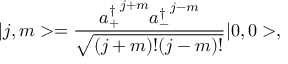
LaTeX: \vert j , m > = \frac { { a _ { + } ^ { \dagger } } ^ { j + m } { a _ { - } ^ { \dagger } } ^ { j - m } } { \sqrt { ( j + m ) ! ( j - m ) ! } } \vert 0 , 0 > ,